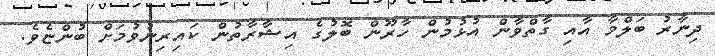
ދިނާރު ބަލްމާ އާއި ގާތްވާން އުޅުމުން ހާރޫން ބޮލުގެ އިޝާރާތުން ކައިރިނުވުމަށް ބުންޏެވެ.